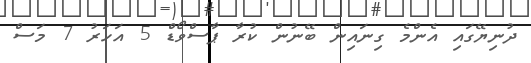
ދުނިޔޭގައި އެންމެ ގިނައިން ބޭނުން ކުރާ ޕާސްވޯޑް 5 އަހަރު 7 މަސް